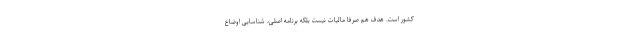
کشور است. هدف هم صرفا مالیات نیست بلکه برنامه اصلی، شناسایی اوضاع